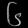
Digit: ၆